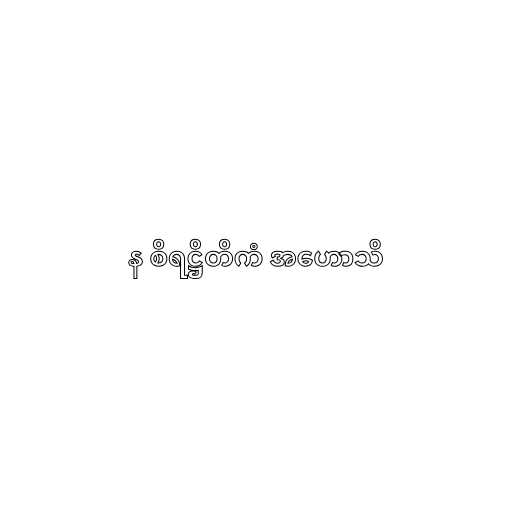
န စိရဋ္ဌိတိကံ အဟောသိ